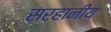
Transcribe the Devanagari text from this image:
सरहानीय